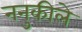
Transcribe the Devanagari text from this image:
ननुकीले